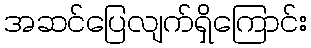
အဆင်ပြေလျက်ရှိကြောင်း